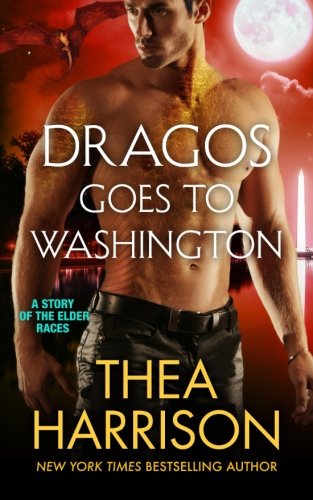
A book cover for Dragos Goes to Washington (Elder Races); Thea Harrison; Romance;